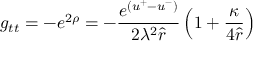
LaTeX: g _ { t t } = - e ^ { 2 \rho } = - \frac { e ^ { ( u ^ { + } - u ^ { - } ) } } { 2 \lambda ^ { 2 } \hat { r } } \left( 1 + \frac { \kappa } { 4 \hat { r } } \right)